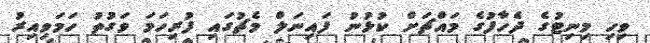
ވިހި މިނިޓުގެ ދެހާފުގެ މައްޗަށް ކުޅުނު ފައިނަލް މެޗުގައި ފުރިހަމަ ވަގުތު ހަމަވިއިރު